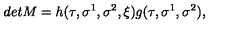
d e t M = h ( \tau , \sigma ^ { 1 } , \sigma ^ { 2 } , \xi ) g ( \tau , \sigma ^ { 1 } , \sigma ^ { 2 } ) , \nonumber